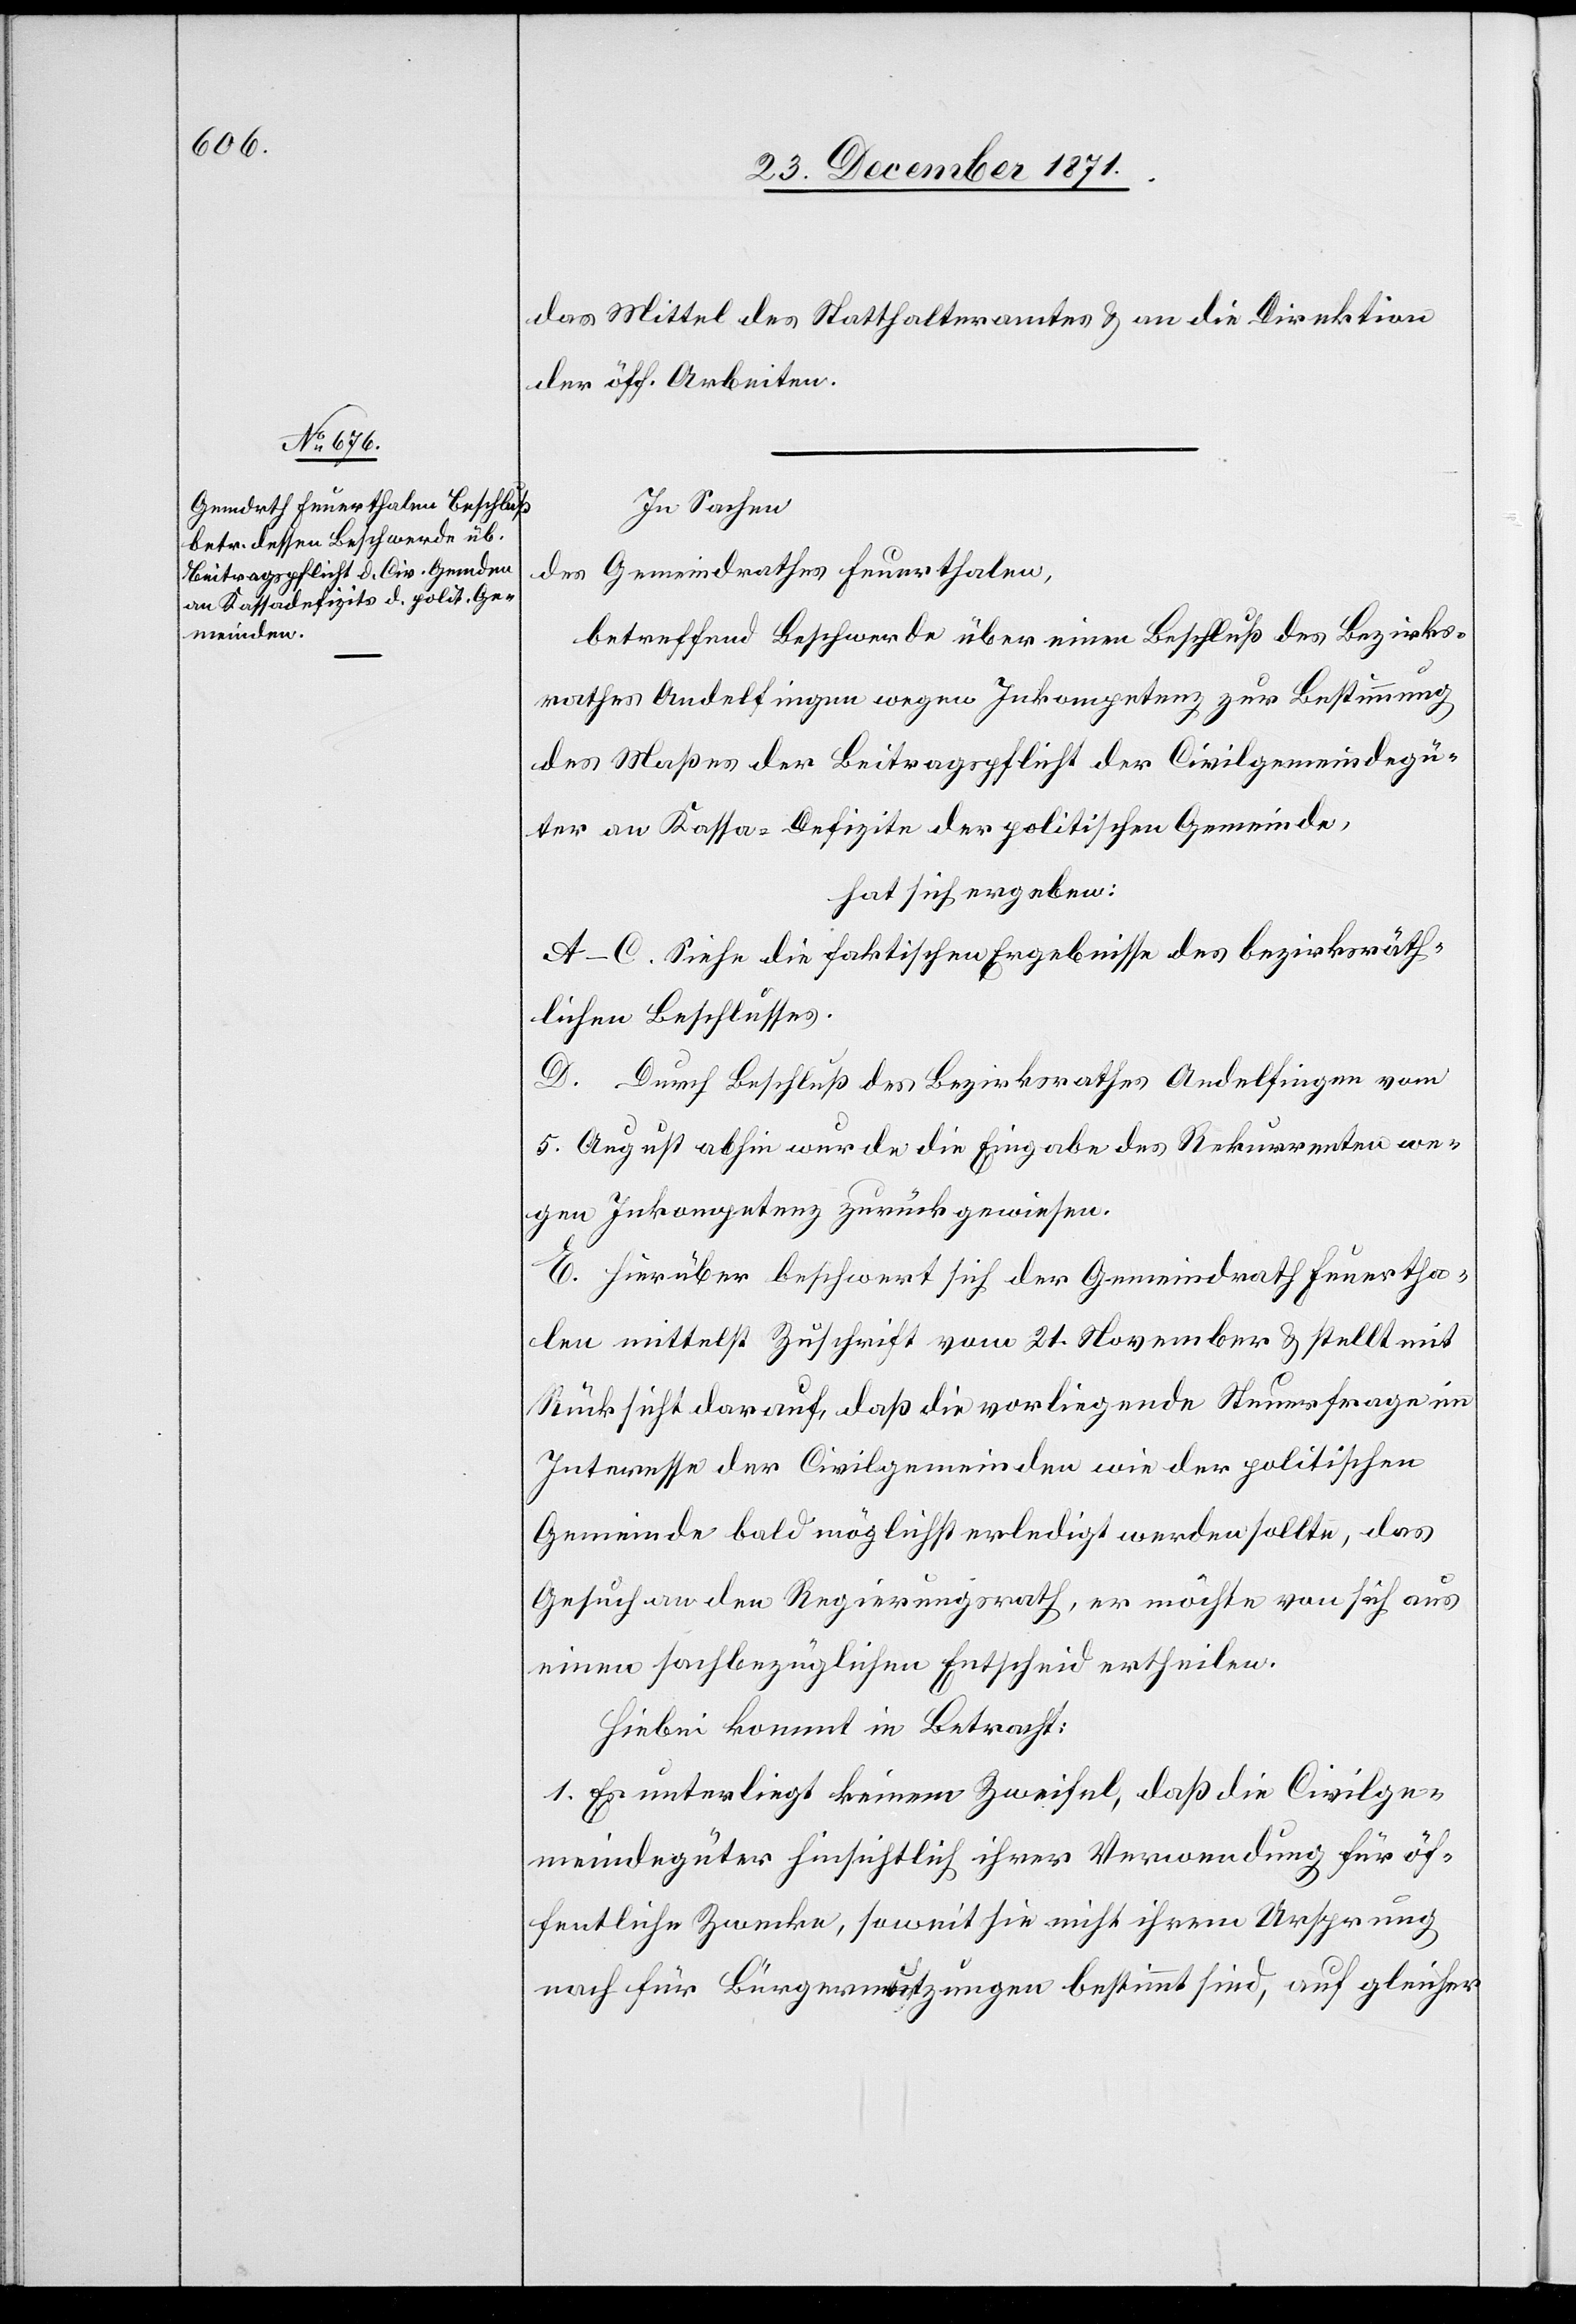
In Sachen
des Gemeindrathes Feuerthalen,
betreffend Beschwerde über einen Beschluß des Bezirks¬
rathes Andelfingen wegen Inkompetenz zur Bestimmung
des Maßes der Beitragpflicht der Civilgemeindegü¬
ter an Kassa-Defizite der politischen Gemeinde[n],
hat sich ergeben:
A–C. Siehe die faktischen Ergebnisse des bezirksräth¬
lichen Beschlusses.
D. Durch Beschluß des Bezirksrathes Andelfingen vom
5. August abhin wurde die Eingabe des Rekurrenten we¬
gen Inkompetenz zurückgewiesen.
E. Hierüber beschwert sich der Gemeindrath Feuertha¬
len mittelst Zuschrift vom 21. November & stellt mit
Rücksicht darauf, daß die vorliegende Steuerfrage im
Interesse der Civilgemeinden wie der politischen
Gemeinde[n] bald möglichst erledigt werden sollte, das
Gesuch an den Regierungsrath, er möchte von sich aus
einen sachbezüglichen Entscheid ertheilen.
Hiebei kommt in Betracht:
1. Es unterliegt keinem Zweifel, daß die Civilge¬
meindegüter hinsichtlich ihrer Verwendung für öf¬
fentliche Zwecke, soweit sie nicht ihrem Ursprung
nach für Bürgernutzungen bestimmt sind, auf gleicher